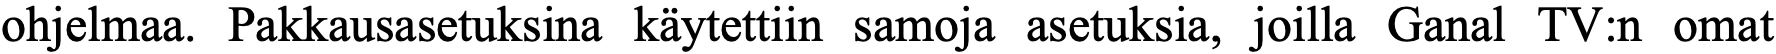
ohjelmaa. Pakkausasetuksina käytettiin samoja asetuksia, joilla Ganal TV:n omat